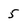
Character: 5